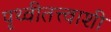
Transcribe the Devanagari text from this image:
पृथ्वीतत्त्वाशी